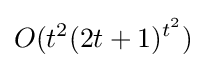
O(t^{2}(2t+1)^{t^{2}})